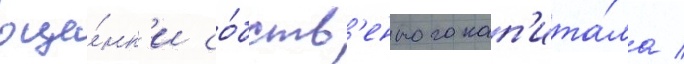
оце́нк'и со́бств'енного кап'ита́ла /